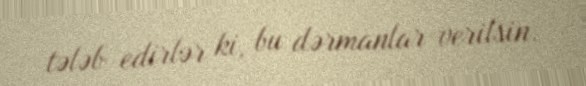
tələb edirlər ki, bu dərmanlar verilsin.